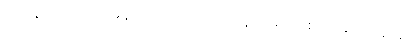
လုပ်ခိုင်းတာဟာ မှန်တယ်လို့ ဘယ်တုန်းကမှ အစ်ကို မထင်ခဲ့ဘူး